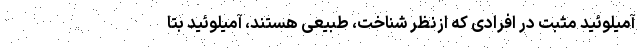
آمیلوئید مثبت در افرادی که ازنظر شناخت، طبیعی هستند، آمیلوئید بتا